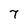
Character: 7